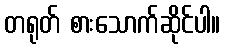
တရုတ် စားသောက်ဆိုင်ပါ။